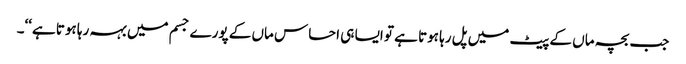
جب بچہ ماں کے پیٹ میں پل رہا ہوتا ہے تو ایسا ہی احساس ماں کے پورے جسم میں بہہ رہا ہوتا ہے‘‘۔